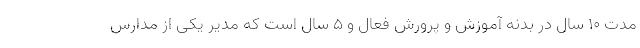
مدت ۱۰ سال در بدنه آموزش و پرورش فعال و ۵ سال است که مدیر یکی از مدارس